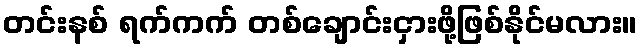
တင်းနစ် ရက်ကက် တစ်ချောင်းငှားဖို့ဖြစ်နိုင်မလား။